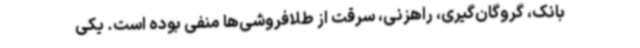
بانک، گروگان‌گیری، راهزنی، سرقت از طلافروشی‌ها منفی بوده است. یکی